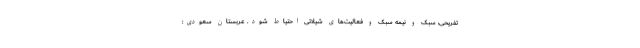
تفریحی، سبک و نیمه سبک و فعالیت‌های شیلاتی احتیاط شود. عربستان سعودی: